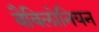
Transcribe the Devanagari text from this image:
बैबिलोनियन